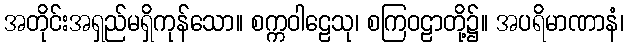
အတိုင်းအရှည်မရှိကုန်သော။ စက္ကဝါဠေသု၊ စကြဝဠာတို့၌။ အပရိမာဏာနံ၊